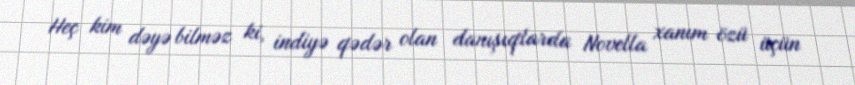
Heç kim dəyə bilməz ki, indiyə qədər olan danışıqlarda Novella xanım özü üçün